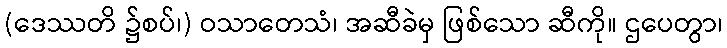
(ဒေဿတိ ၌စပ်၊) ဝသာတေသံ၊ အဆီခဲမှ ဖြစ်သော ဆီကို။ ဌပေတွာ၊